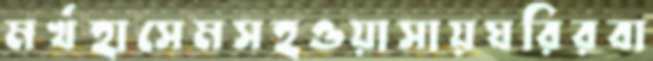
মর্খহাসেমসহওয়াসায়ঘরিরবা